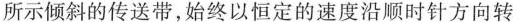
所示倾斜的传送带，始终以恒定的速度沿顺时针方向转